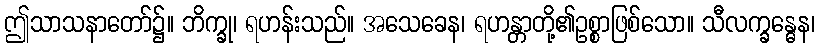
ဤသာသနာတော်၌။ ဘိက္ခု၊ ရဟန်းသည်။ အသေခေန၊ ရဟန္တာတို့၏ဥစ္စာဖြစ်သော။ သီလက္ခန္ဓေန၊